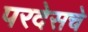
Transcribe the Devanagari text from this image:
परदेसचे